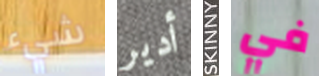
شيء أدير SKINNY في